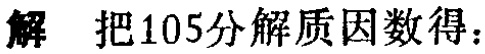
解 把105分解质因数得：